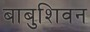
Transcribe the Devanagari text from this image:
बाबुशिवन